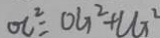
O C ^ { 2 } = O G ^ { 2 } + u _ { 1 } ^ { 2 }